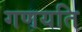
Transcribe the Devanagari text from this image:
गणयति